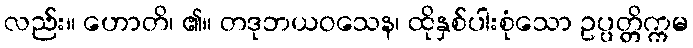
လည်း။ ဟောတိ၊ ၏။ တဒုဘယဝသေန၊ ထိုနှစ်ပါးစုံသော ဥပ္ပတ္တိက္ကမ